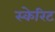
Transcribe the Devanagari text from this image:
स्केरिट